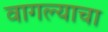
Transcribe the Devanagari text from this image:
वागल्याचा